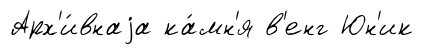
Арх'и́внаjа ка́мн'я в'енг Юн'ик